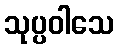
သုပ္ပဝါသေ